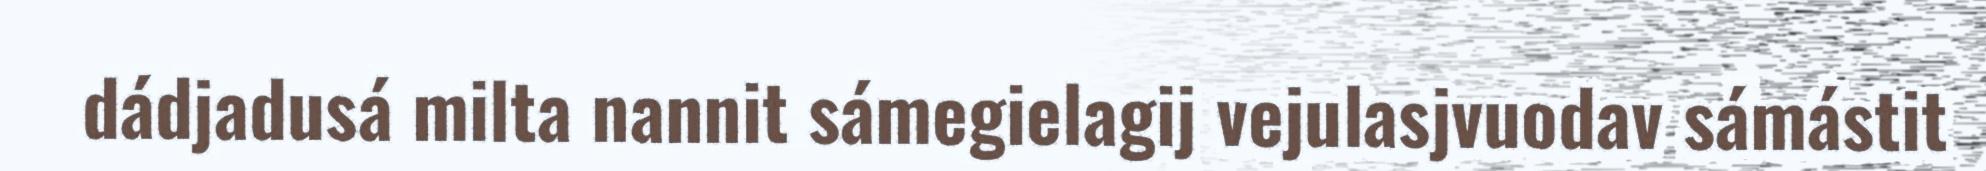
dádjadusá milta nannit sámegielagij vejulasjvuodav sámástit